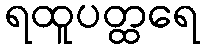
ရထူပတ္ထရေ